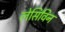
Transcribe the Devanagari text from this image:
लेसिविन